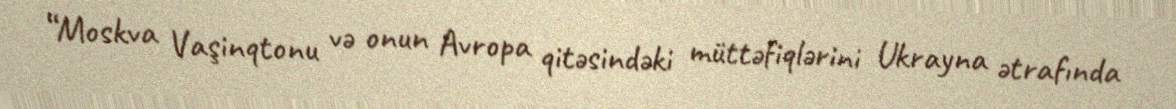
“Moskva Vaşinqtonu və onun Avropa qitəsindəki müttəfiqlərini Ukrayna ətrafında